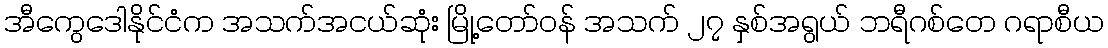
အီကွေဒေါနိုင်ငံက အသက်အငယ်ဆုံး မြို့တော်ဝန် အသက် ၂၇ နှစ်အရွယ် ဘရီဂစ်တေ ဂရာစီယ